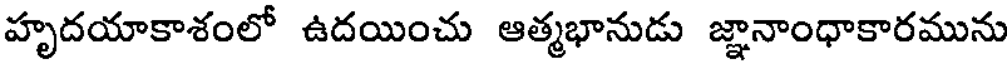
హృదయాకాశంలో ఉదయించు ఆత్మభానుడు జ్ఞానాంధాకారమును